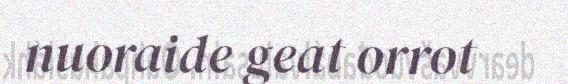
nuoraide geat orrot